Indian journal of veterinary science and animal husbandry - Volume 2,
Year: 1932
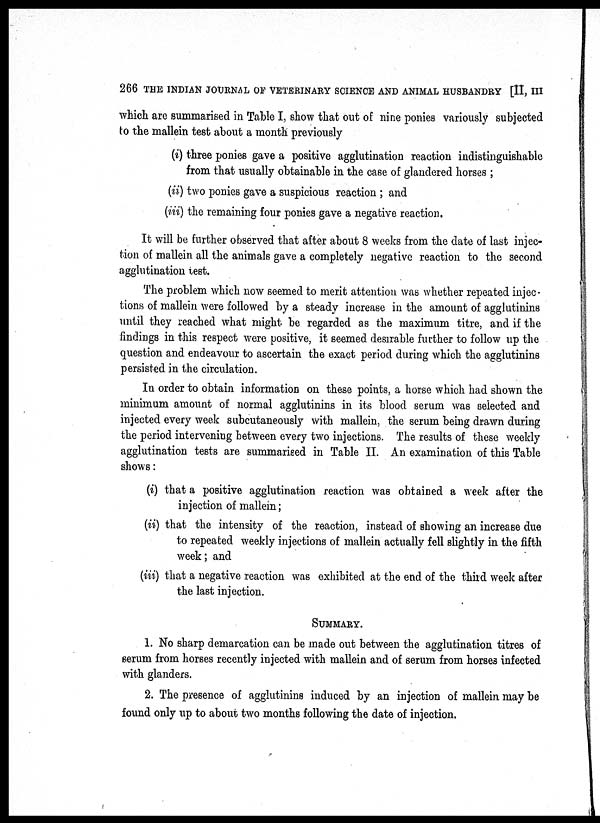
266 THE INDIAN JOURNAL OF VETERINARY SCIENCE AND ANIMAL HUSBANDRY [II, III
which are summarised in Table I, show that out of nine ponies variously subjected
to the mallein test about a month previously
(i) three ponies gave a positive agglutination reaction indistinguishable
from that usually obtainable in the case of glandered horses ;
(ii) two ponies gave a suspicious reaction; and
(iii) the remaining four ponies gave a negative reaction.
It will be further observed that after about 8 weeks from the date of last injec-
tion of mallein all the animals gave a completely negative reaction to the second
agglutination test.
The problem which now seemed to merit attention was whether repeated injec-
tions of mallein were followed by a steady increase in the amount of agglutinins
until they reached what might be regarded as the maximum titre, and if the
findings in this respect were positive, it seemed desirable further to follow up the
question and endeavour to ascertain the exact period during which the agglutinins
persisted in the circulation.
In order to obtain information on these points, a horse which had shown the
minimum amount of normal agglutinins in its blood serum was selected and
injected every week subcutaneously with mallein, the serum being drawn during
the period intervening between every two injections. The results of these weekly
agglutination tests are summarised in Table II. An examination of this Table
shows :
(i) that a positive agglutination reaction was obtained a week after the
injection of mallein;
(ii) that the intensity of the reaction, instead of showing an increase due
to repeated weekly injections of mallein actually fell slightly in the fifth
week ; and
(iii) that a negative reaction was exhibited at the end of the third week after
the last injection.
SUMMARY.
1. No sharp demarcation can be made out between the agglutination titres of
serum from horses recently injected with mallein and of serum from horses infected
with glanders.
2. The presence of agglutinins induced by an injection of mallein may be
found only up to about two months following the date of injection.